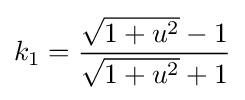
k_{1}={\frac {{\sqrt {1+u^{2}}}-1}{{\sqrt {1+u^{2}}}+1}}